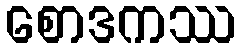
စောဒကဿ